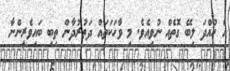
އެ ހުއްދަ ލިބޭ ގޮތެއް ނުވިއެވެ. މި ވާހަކަތައް ދަތުރުދާން ތިބި ބައިވެރީންނާ